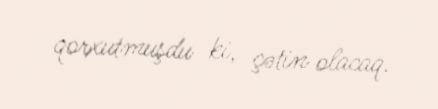
qorxutmuşdu ki, çətin olacaq.